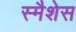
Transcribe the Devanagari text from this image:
स्मैशेस